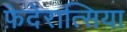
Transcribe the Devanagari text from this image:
फ़ेदेरात्सिया